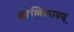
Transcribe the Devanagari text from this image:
बालिकावधू